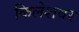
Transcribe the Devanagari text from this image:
किलेशवर